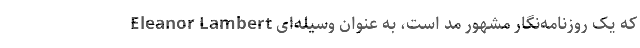
Eleanor Lambert که یک روزنامه‌نگار مشهور مد است، به عنوان وسیله‌ای